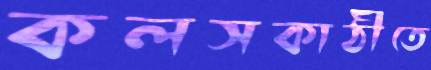
কলসকাঠীতে